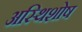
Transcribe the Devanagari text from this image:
अस्थिशोष